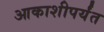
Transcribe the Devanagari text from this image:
आकाशीपर्यंत